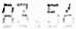
83.56